Insane asylums in Bengal annual reports 1867-1875 - 1867-1875
Year: 1867
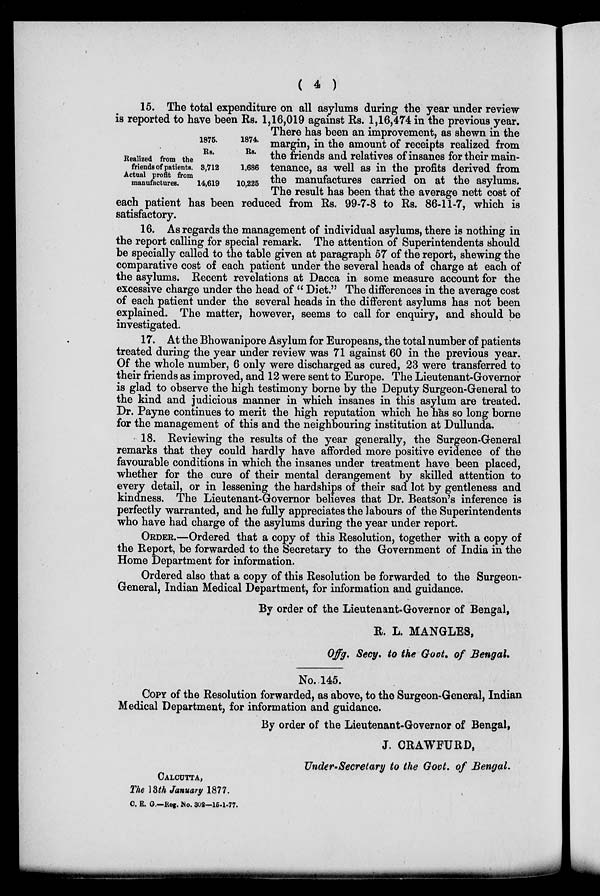
( 4 )
15. The total expenditure on all asylums during the year under review
is reported to have been Rs. 1,16,019 against Rs. 1,16,474 in the previous year.
There has been an improvement, as shewn in the
margin, in the amount of receipts realized from
the friends and relatives of insanes for their main-
tenance, as well as in the profits derived from
the manufactures carried on at the asylums.
The result has been that the average nett cost of
each patient has been reduced from Rs. 99-7-8 to Rs. 86-11-7, which is
satisfactory.
Realized from the
friends of patients.
Actual profit from
manufactures.
1875.
Rs.
3,712
14,619
1874.
Rs.
1,686
10,225
16. As regards the management of individual asylums, there is nothing in
the report calling for special remark. The attention of Superintendents should
be specially called to the table given at paragraph 57 of the report, shewing the
comparative cost of each patient under the several heads of charge at each of
the asylums. Recent revelations at Dacca in some measure account for the
excessive charge under the head of " Diet." The differences in the average cost
of each patient under the several heads in the different asylums has not been
explained. The matter, however, seems to call for enquiry, and should be
investigated.
17. At the Bhowanipore Asylum for Europeans, the total number of patients
treated during the year under review was 71 against 60 in the previous year.
Of the whole number, 6 only were discharged as cured, 23 were transferred to
their friends as improved, and 12 were sent to Europe. The Lieutenant-Governor
is glad to observe the high testimony borne by the Deputy Surgeon-General to
the kind and judicious manner in which insanes in this asylum are treated.
Dr. Payne continues to merit the high reputation which he has so long borne
for the management of this and the neighbouring institution at Dullunda.
18. Reviewing the results of the year generally, the Surgeon-General
remarks that they could hardly have afforded more positive evidence of the
favourable conditions in which the insanes under treatment have been placed,
whether for the cure of their mental derangement by skilled attention to
every detail, or in lessening the hardships of their sad lot by gentleness and
kindness. The Lieutenant-Governor believes that Dr. Beatson's inference is
perfectly warranted, and he fully appreciates the labours of the Superintendents
who have had charge of the asylums during the year under report.
ORDER.—Ordered that a copy of this Resolution, together with a copy of
the Report, be forwarded to the Secretary to the Government of India in the
Home Department for information.
Ordered also that a copy of this Resolution be forwarded to the Surgeon-
General, Indian Medical Department, for information and guidance.
By order of the Lieutenant-Governor of Bengal,
R. L. MANGLES,
Offg. Secy. to the Govt. of Bengal.
No. 145.
COPY of the Resolution forwarded, as above, to the Surgeon-General, Indian
Medical Department, for information and guidance.
By order of the Lieutenant-Governor of Bengal,
J. CRAWFURD,
Under-Secretary to the Govt. of Bengal.
CALCUTTA,
The 13th January 1877.
C. E. G.—Reg. No. 302—15-1-77.